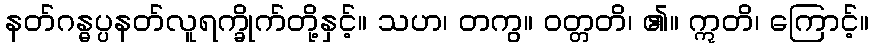
နတ်ဂန္ဓပ္ပနတ်လူရက္ခိုက်တို့နှင့်။ သဟ၊ တကွ။ ဝတ္တတိ၊ ၏။ ဣတိ၊ ကြောင့်။